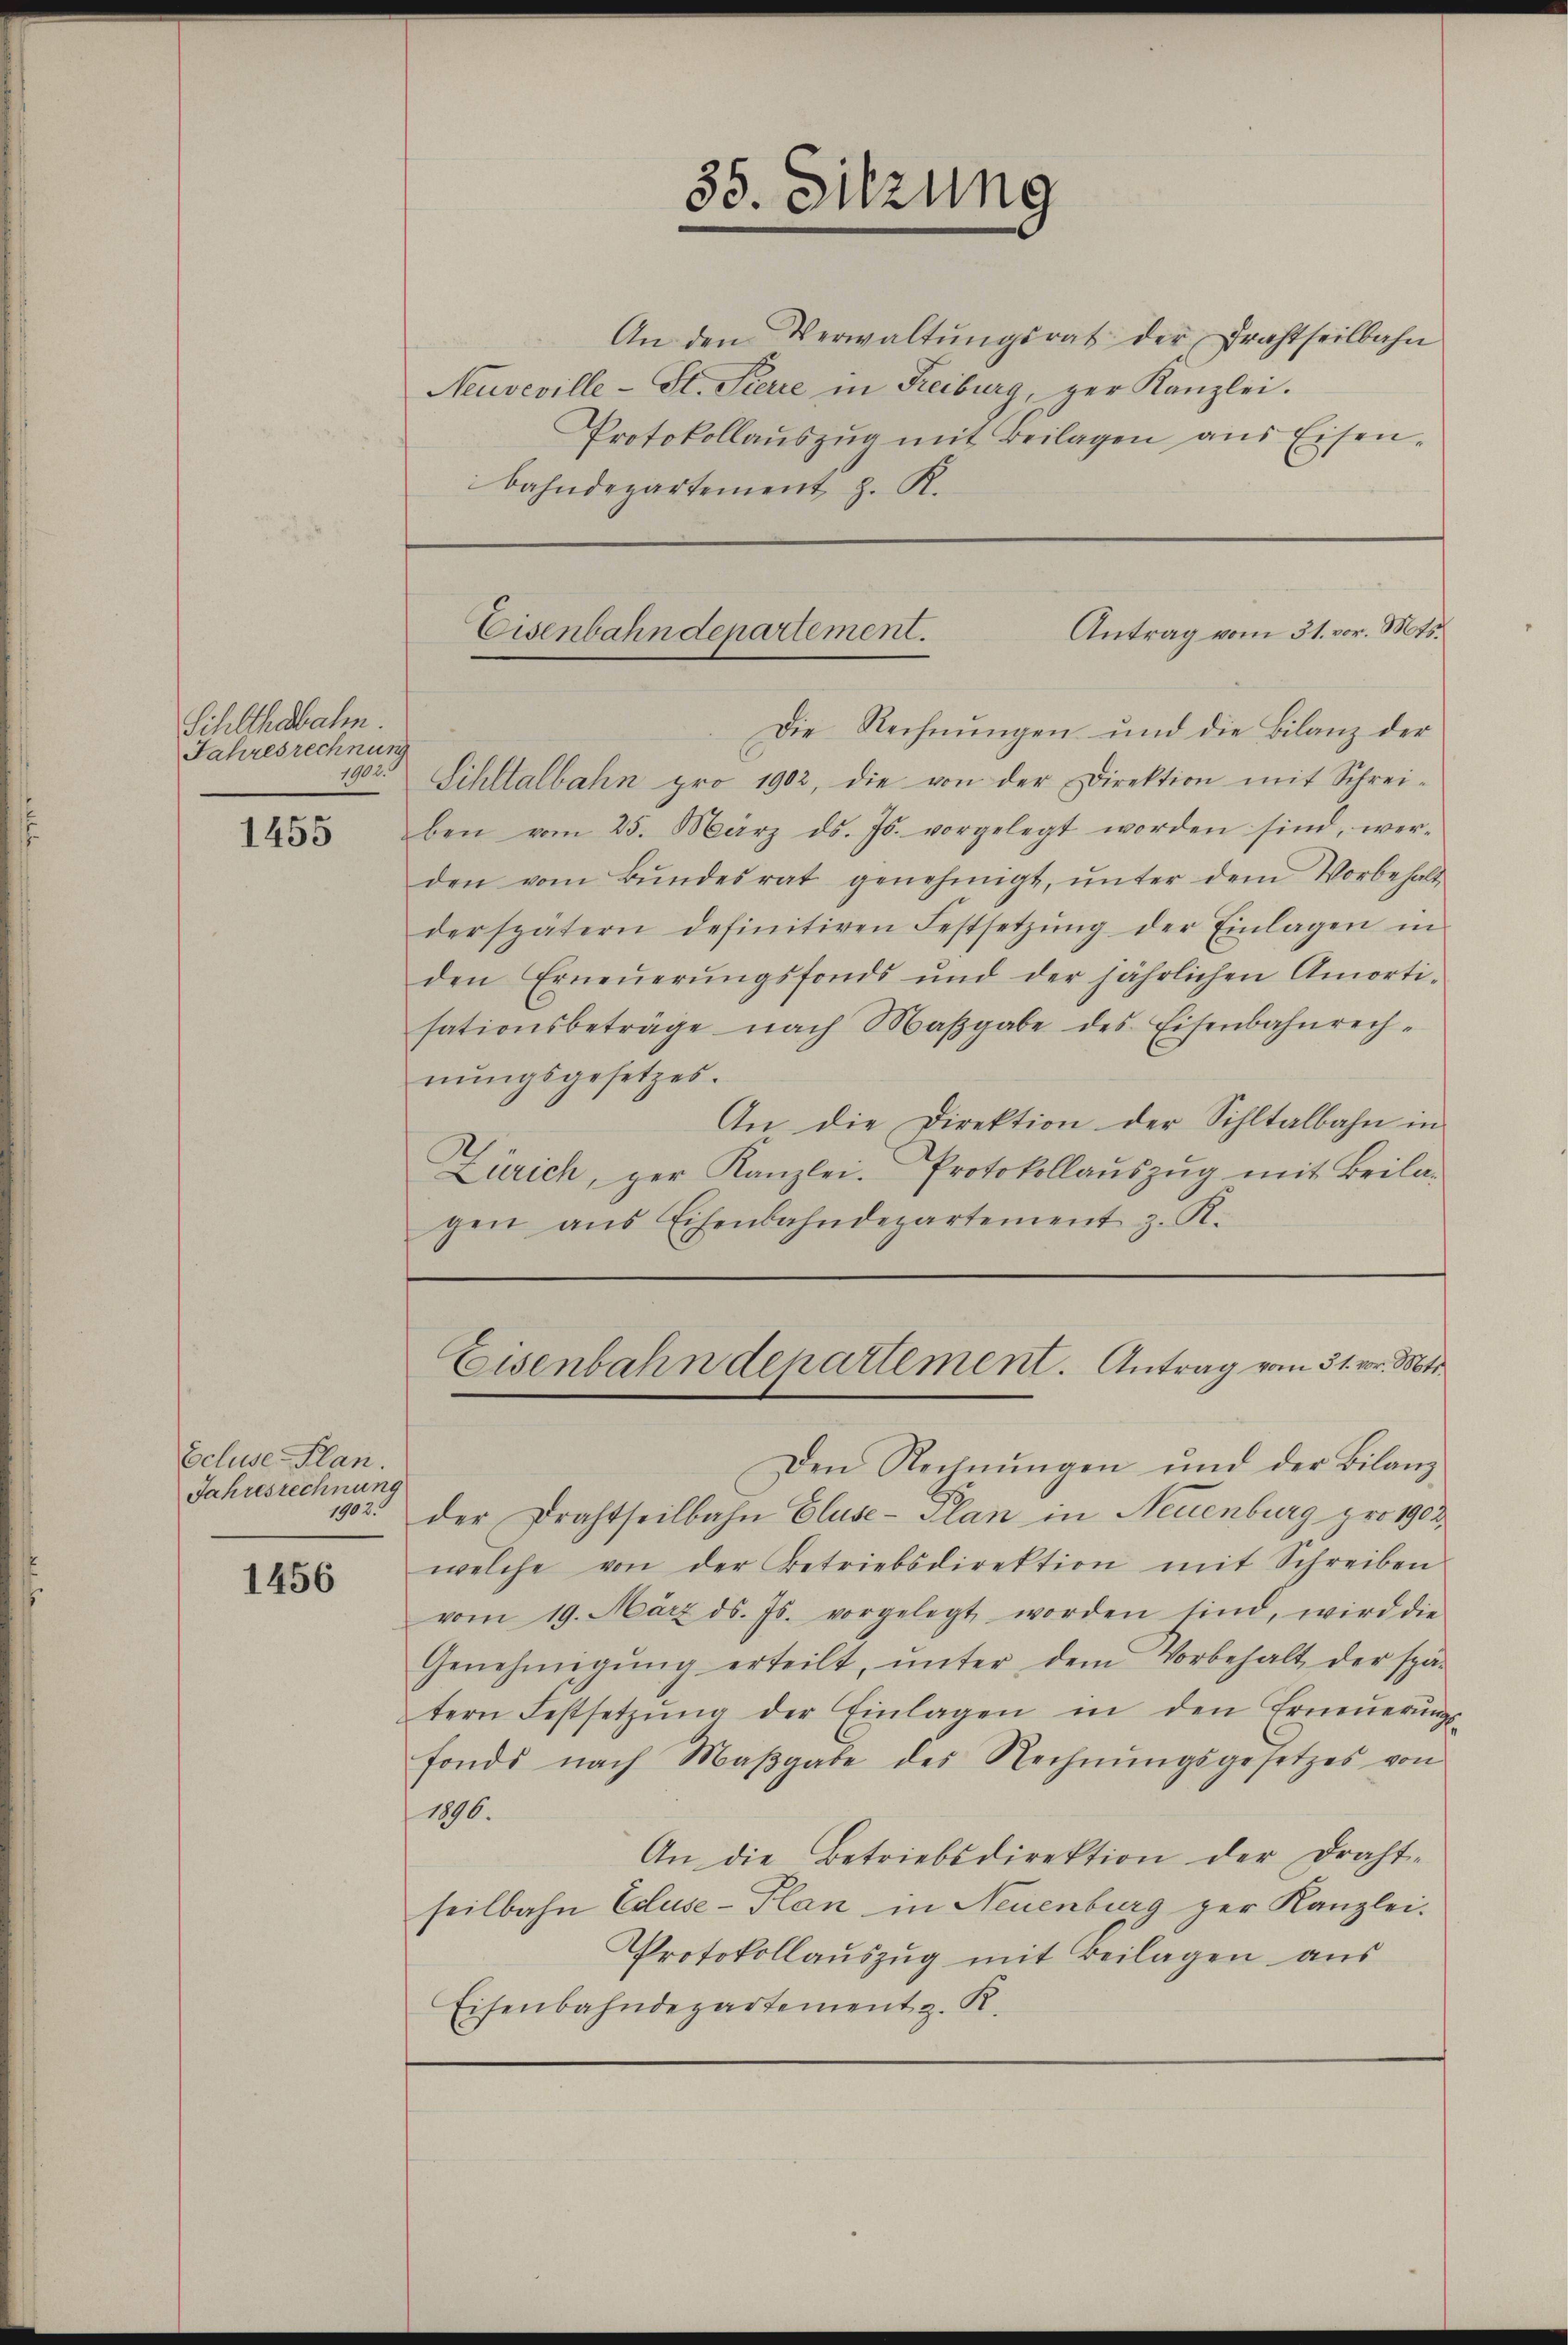
Sihlthabahm.
Jahresrechnung
1902.

1455

Scluse-Plan.
Jahresrechnung

1456

An den Verwaltŭngsrat der Drahtheilbahn
Neuveville - St. Sierre in Freiburg, ger Kanzlei.
Protokollaŭszŭg mit Beilagen aus Eisen-
bahndepartement, z. R.

35. Sitzung

Die Rechnungen und die Bilanz der
Sihltalbahn pro 1902, die von der Direktion mit Schrei-
ben vom 25. März d. Js. vorgelegt worden sind, wer-
den vom Bŭndesrat genehmigt, ŭnter dem Vorbehalt
der spätern definitiven Festsetzŭng der Einlagen in
den Erneŭerŭngsfonds und der jährlichen Amorti-
sationsbeträge nach Maβgabe des Eisenbahnrech-
nŭngsgesetzes.
An die Direktion der Sihltalbahn in
Zürich, zur Kanzlei. Protokollaŭszŭg mit Beilagen ans Eisenbahndepartement z. R.

Antrag vom 31. vor. Mts.
Eisenbahndepartement.

Den Rechnungen und der Bilanz¬
102. der Drahtseilbahn Cluse-Plan in Neuenburg pro 1902
welche von der Betriebsdirektion mit Schreiben
vom 19. März d. Js. vorgelegt worden sind, wird die
Genehmigŭng erteilt, ŭnter dem Vorbehalt der spä-
tern Festsetzŭng der Einlagen in den Erneŭerŭngs-
fonde nach Maβgabe des Rechnŭngsgesetzes von
1896.
An die Betriebsdirektion der Draht-
seilbahn Eduse-Plan in Neuenburg zur Kanzlei.
Protokollaŭszŭg mit Beilagen aus
Eisenbahndepartement z. R.

Eisenbahndepartement. Antrag vom 31. vor. Mts.